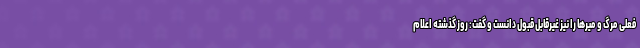
فعلی مرگ و میرها را نیز غیرقابل قبول دانست و گفت: روز گذشته اعلام